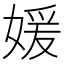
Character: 媛